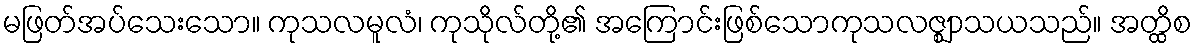
မဖြတ်အပ်သေးသော။ ကုသလမူလံ၊ ကုသိုလ်တို့၏ အကြောင်းဖြစ်သောကုသလဇ္ဈာသယသည်။ အတ္ထိစ